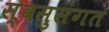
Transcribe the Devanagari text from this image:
स्वसुसंगत